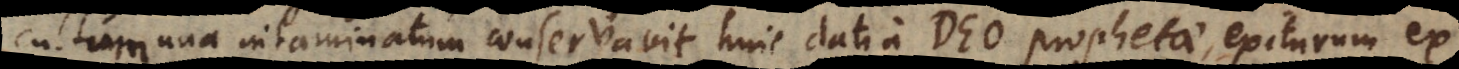
cultum una intaminatum conservavit, huic dati a Deo prophetae, exiturum ex